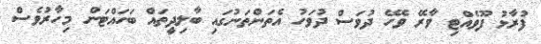
ފުރާޅު ފޫވެއްޓި ވާރޭ ވެހޭ ދުވަސް ދުވަހު އެތަންތަނުގައި ބާލިދީތައް ބަހައްޓަން މިހާރުވެސް